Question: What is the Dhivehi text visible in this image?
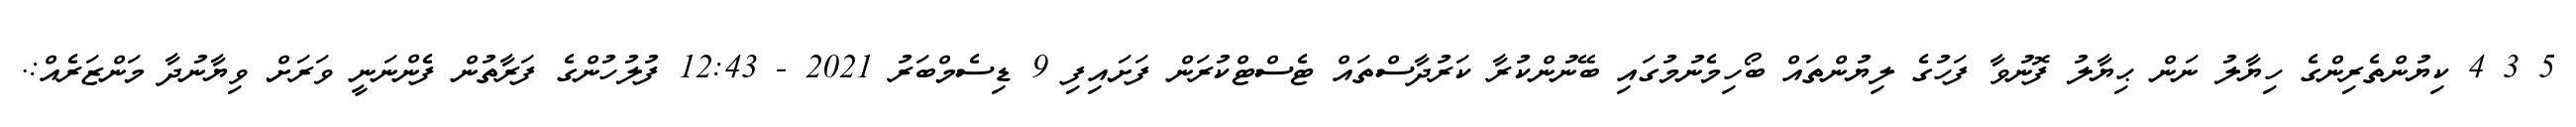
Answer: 5 3 4 ކިޔުންތެރިންގެ ހިޔާލު ނަން ޙިޔާލު ފޮނުވާ ފަހުގެ ލިޔުންތައް ބޯހިމެނުމުގައި ބޭނުންކުރާ ކަރުދާސްތައް ޓެސްޓްކުރަން ފަށައިފި 9 ޑިސެމްބަރު 2021 - 12:43 ފުލުހުންގެ ފަރާތުން ފެންނަނީ ވަރަށް ވިޔާނުދާ މަންޒަރެއް:.